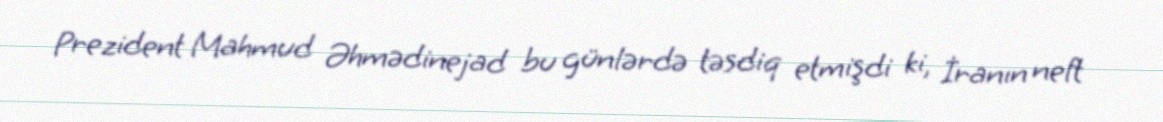
Prezident Mahmud Əhmədinejad bu günlərdə təsdiq etmişdi ki, İranın neft